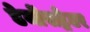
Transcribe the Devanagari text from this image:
डेमोंसट्रेटर